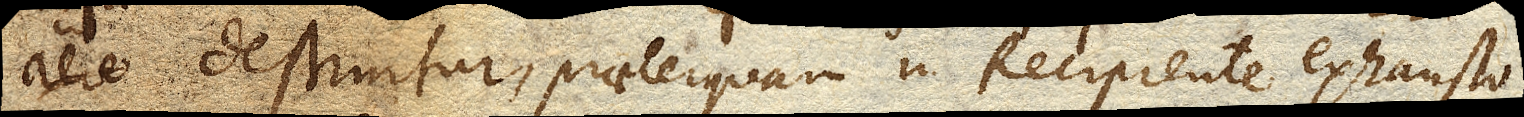
destruitur, praeterquam in Recipiente exhausto)